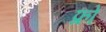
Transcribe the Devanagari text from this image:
फ्रो